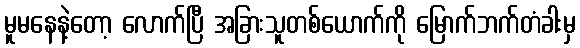
မူမနေနဲ့တော့ လောက်ပြီ အခြားသူတစ်ယောက်ကို မြောက်ဘက်တံခါးမှ